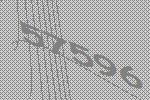
57596